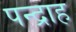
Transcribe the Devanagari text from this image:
पन्द्राह